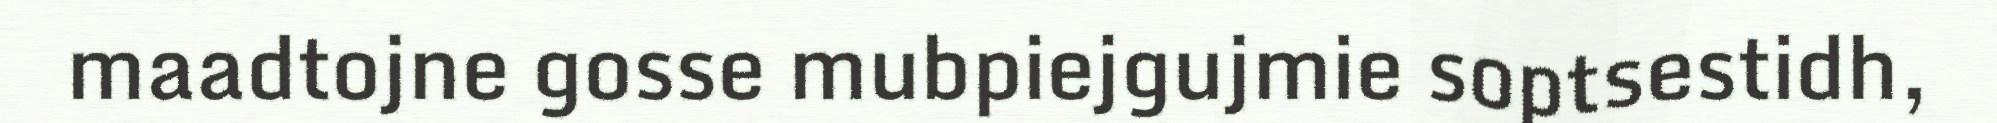
maadtojne gosse mubpiejgujmie soptsestidh,